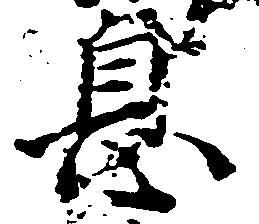
息